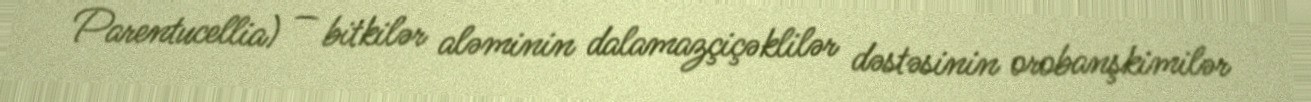
Parentucellia) — bitkilər aləminin dalamazçiçəklilər dəstəsinin orobanşkimilər